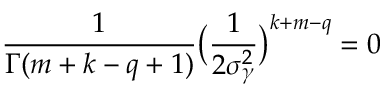
\frac { 1 } { \Gamma ( m + k - q + 1 ) } \big ( \frac { 1 } { 2 \sigma _ { \gamma } ^ { 2 } } \big ) ^ { k + m - q } = 0